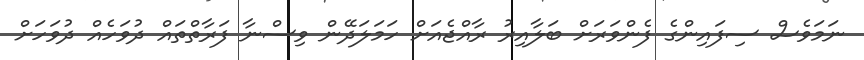
ނަމަވެސް ސިފައިންގެ ފެންވަރަށް ބަލާއިރު ރާއްޖެއަށް ހަމަލަދޭން ވިސްނާ ފަރާތްތައް ދުވަހެއް ދުވަހަށް